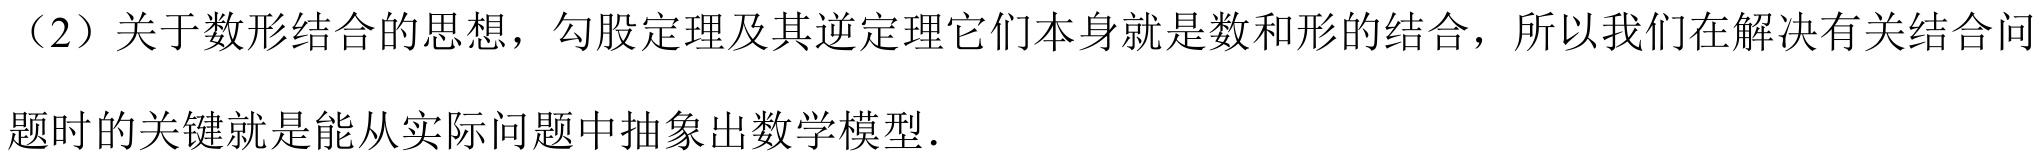
（2）关于数形结合的思想，勾股定理及其逆定理它们本身就是数和形的结合，所以我们在解决有关结合问题时的关键就是能从实际问题中抽象出数学模型.